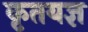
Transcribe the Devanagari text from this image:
कृतयज्ञ